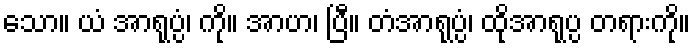
သော။ ယံ အာရုပ္ပံ၊ ကို။ အာဟ၊ ပြီ။ တံအာရုပ္ပံ၊ ထိုအာရုပ္ပ တရားကို။